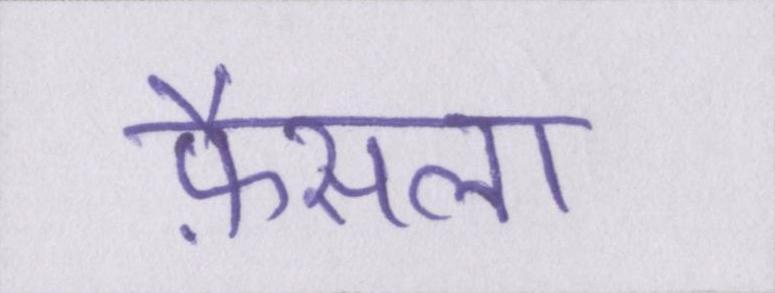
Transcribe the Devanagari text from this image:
फ़ैसला